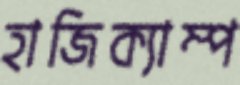
হাজিক্যাম্প